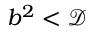
b ^ { 2 } < \mathcal { D }